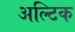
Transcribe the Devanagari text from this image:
अल्टिक